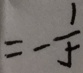
= - \frac { 1 } { 5 }